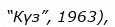
“Күз”, 1963),